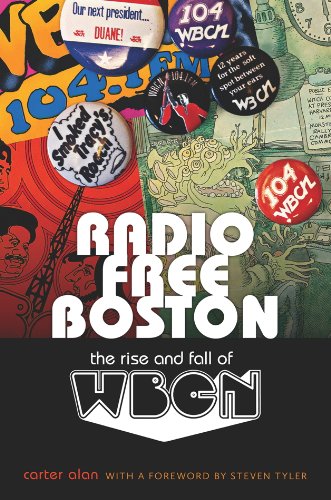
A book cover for Radio Free Boston: The Rise and Fall of WBCN; Carter Alan; Humor & Entertainment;